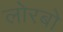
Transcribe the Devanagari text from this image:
लोरबो